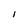
Character: I